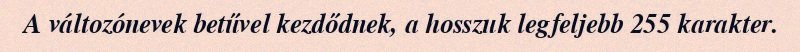
A változónevek betűvel kezdődnek, a hosszuk legfeljebb 255 karakter.